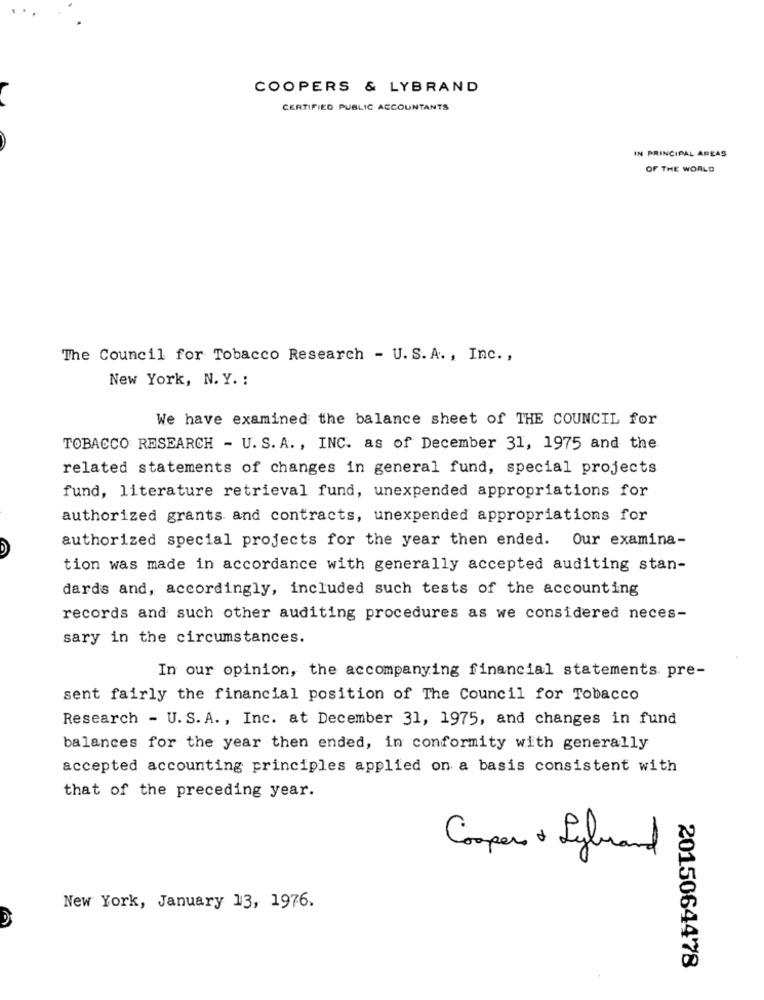
COOPERS & LYBRAND
CERTIFIED PUBLIC ACCOUNTANTS
IN PRINCIPAL AREAS
OF THE WORLD
The Council for Tobacco Research - U.S. A ., Inc. ,
New York, N. Y. :
We have examined the balance sheet of THE COUNCIL for
TOBACCO RESEARCH - U. S. A. , INC. as of December 31, 1975 and the
related statements of changes in general fund, special projects
fund, literature retrieval fund, unexpended appropriations for
authorized grants and contracts, unexpended appropriations for
authorized special projects for the year then ended. Our examina-
tion was made in accordance with generally accepted auditing stan-
dards and, accordingly, included such tests of the accounting
records and such other auditing procedures as we considered neces-
sary in the circumstances.
In our opinion, the accompanying financial statements pre-
sent fairly the financial position of The Council for Tobacco
Research - U. S. A. , Inc. at December 31, 1975, and changes in fund
balances for the year then ended, in conformity with generally
accepted accounting principles applied on a basis consistent with
that of the preceding year.
Coopers & Lybrand
New York, January 13, 1976.
2015064478